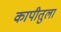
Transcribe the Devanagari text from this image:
कापीतुला